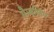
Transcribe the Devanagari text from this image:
गैम्बलिंग